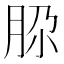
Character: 𰮚